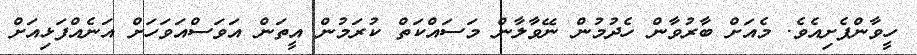
ހީވާންފެށިއެވެ. މެއަށް ބާރުވާން ހެދުމުން ނޭވާލާން މަސައްކަތް ކުރަމުން އީތަން އަވަސްއަވަހަށް އަނެއްފަޅިއަށް